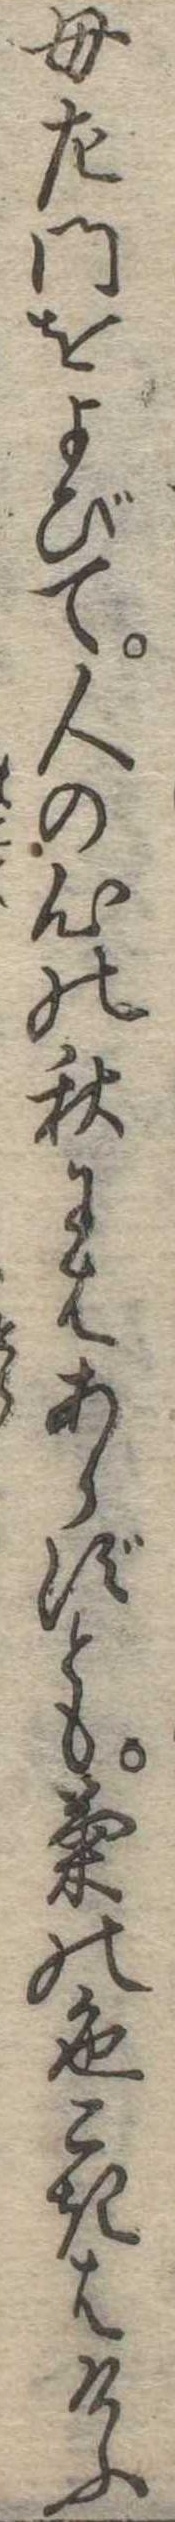
母左門をよびて人の心の秋にはあらずとも菊の色こきはけふ